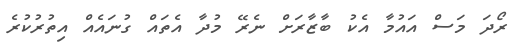
ރޯދަ މަސް އައުމާ އެކު ބާޒާރަށް ނެރޭ މުދާ އެތައް ގުނައެއް އިތުރުކުރެ